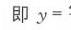
即 \(y =\)